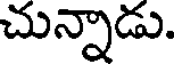
చున్నాడు.